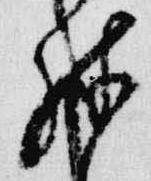
殊